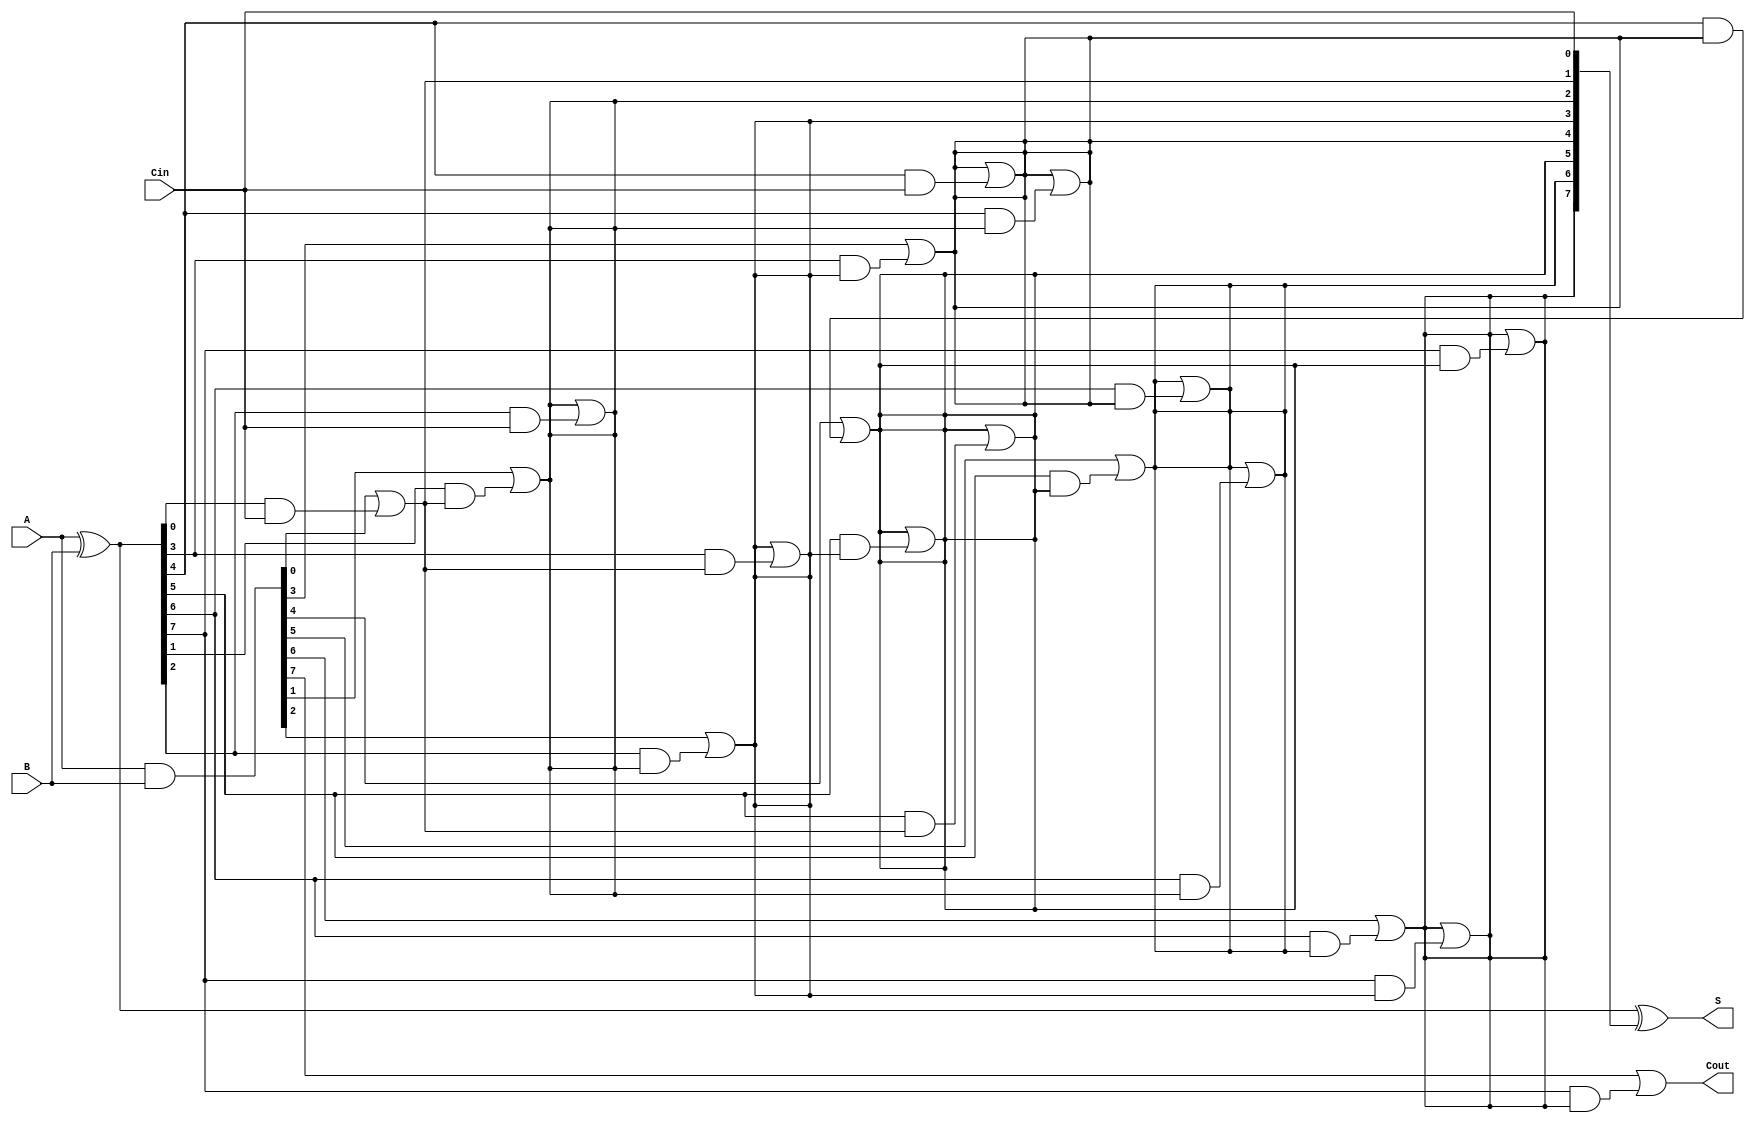
module ParallelPrefixAdder #(parameter N = 8) (
    input  [N-1:0] A,      // First operand
    input  [N-1:0] B,      // Second operand
    input         Cin,      // Carry-in
    output [N-1:0] S,      // Sum output
    output        Cout      // Carry-out
);

    // Generate and Propagate signals
    wire [N-1:0] P; // Propagate
    wire [N-1:0] G; // Generate
    wire [N:0] C;   // Carry signals

    // Preprocessing stage
    assign P = A ^ B; // P[i] = A[i] XOR B[i]
    assign G = A & B; // G[i] = A[i] AND B[i]

    // Carry signals initialization
    assign C[0] = Cin; // Initial carry-in

    // Kogge-Stone Prefix Tree
    genvar i, j;
    generate
        // Level 1
        for (i = 0; i < N; i = i + 1) begin : level1
            if (i == 0) begin
                assign C[i + 1] = G[i] | (P[i] & C[i]); // C[1] = G[0] | (P[0] & C[0])
            end else begin
                assign C[i + 1] = G[i] | (P[i] & C[i]); // C[i + 1] = G[i] | (P[i] & C[i])
            end
        end

        // Level 2 and beyond
        for (j = 1; j < N; j = j + 1) begin : levels
            for (i = 0; i < N; i = i + 1) begin : level
                if (i >= (1 << j)) begin
                    assign C[i] = C[i] | (P[i] & C[i - (1 << j)]); // Carry propagation
                end
            end
        end
    endgenerate

    // Sum calculation
    assign S = P ^ C[N-1:0]; // S[i] = P[i] XOR C[i]

    // Final carry-out
    assign Cout = C[N]; // Cout = C[n]

endmodule